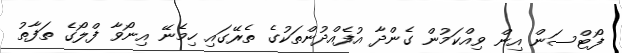
ފޯޓްސަން އިން ވިއްކަމުން ގެންދާ އުފެއްދުންތަކުގެ ތެރޭގައި ހިމެނޭ އިނޯވާ ފްލޯގެ ތަފާތު